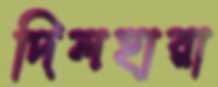
দিলহারা